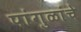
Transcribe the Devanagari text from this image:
पांगुळांचे